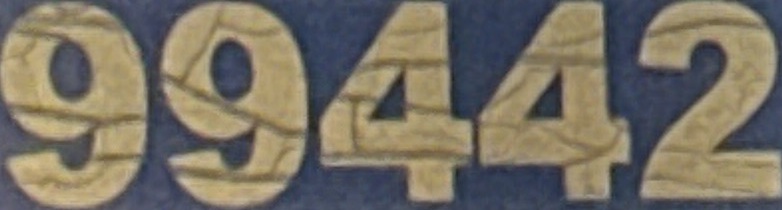
99442